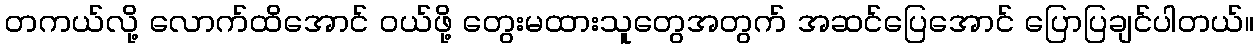
တကယ်လို့ လောက်ထိအောင် ဝယ်ဖို့ တွေးမထားသူတွေအတွက် အဆင်ပြေအောင် ပြောပြချင်ပါတယ်။